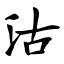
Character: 沽